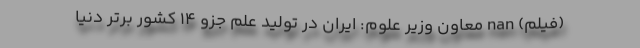
(فیلم) nan معاون وزیر علوم: ایران در تولید علم جزو ۱۴ کشور برتر دنیا